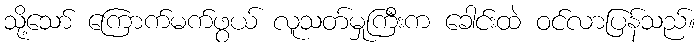
သို့သော် ကြောက်မက်ဖွယ် လူသတ်မှုကြီးက ခေါင်းထဲ ဝင်လာပြန်သည်။